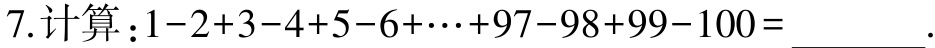
7.计算：\(1 - 2 + 3 - 4 + 5 - 6 + \cdots + 97 - 98 + 99 - 100=\underline{\quad\quad}\).